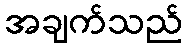
အချက်သည်